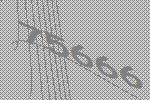
75666